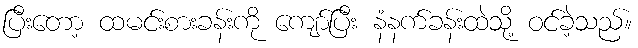
ပြီးတော့ ထမင်းစားခန်းကို ကျော်ပြီး နံနက်ခန်းထဲသို့ ဝင်ခဲ့သည်။